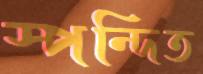
স্পন্দিত